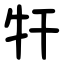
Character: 㸩